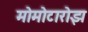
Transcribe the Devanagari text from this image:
मोमोटारोझ